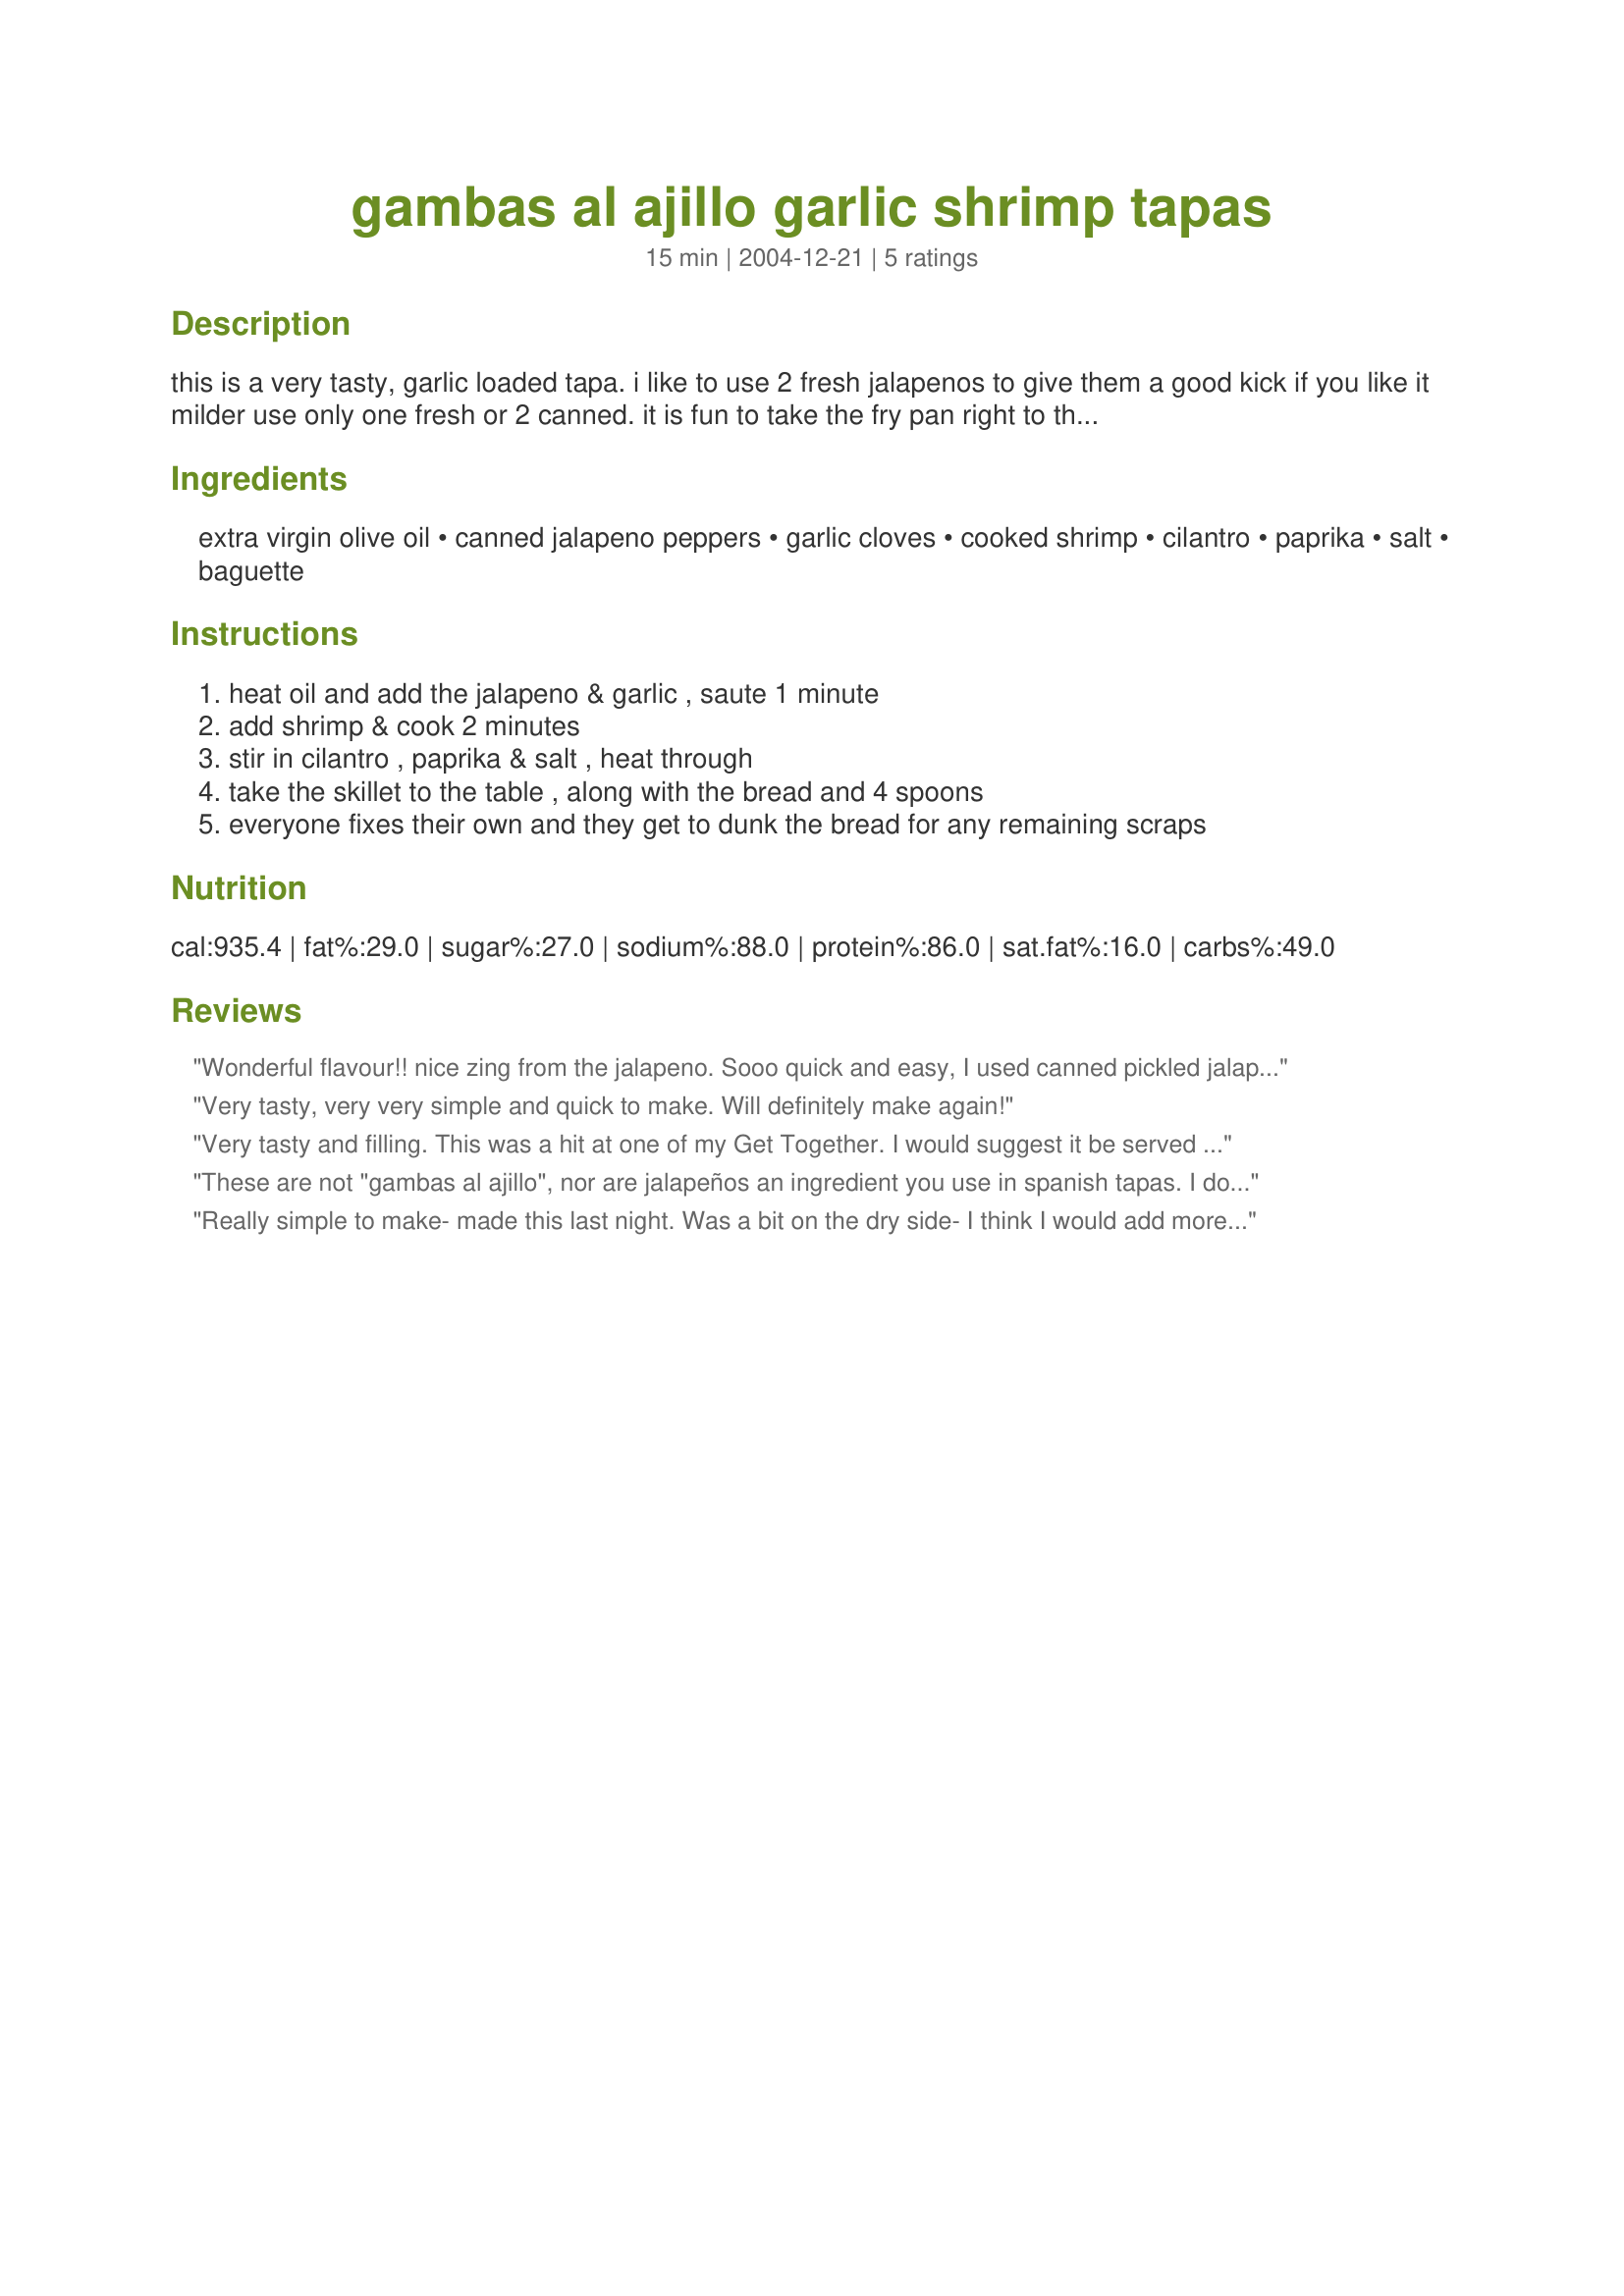
gambas al ajillo garlic shrimp tapas
Preparation time: 15 minutes

this is a very tasty, garlic loaded tapa. i like to use 2 fresh jalapenos to give them a good kick if you like it milder use only one fresh or 2 canned. it is fun to take the fry pan right to the table and let everyone fixe their own. do not skimp on the olive oil and use only a top grade oil

Ingredients:
extra virgin olive oil, canned jalapeno peppers, garlic cloves, cooked shrimp, cilantro, paprika, salt, baguette

Steps:
heat oil and add the jalapeno & garlic , saute 1 minute, add shrimp & cook 2 minutes, stir in cilantro , paprika & salt , heat through, take the skillet to the table , along with the bread and 4 spoons, everyone fixes their own and they get to dunk the bread for any remaining scraps

Reviews:
Wonderful flavour!! nice zing from the jalapeno. Sooo quick and easy, I used canned pickled jalapeno and served it in the pan with baguette slices on the side. I did cut back on the olive oil, used about half the amount called for, it worked fine but probably would have been juicier with more oil. Will definately make this again, thanks for sharing a keeper Bergy!!
Very tasty, very very simple and quick to make. Will definitely make again!
Very tasty and filling. This was a hit at one of my Get Together. I would suggest it be served at Football Game parties, the guys/girls will love it. Gracias, Sra.
These are not "gambas al ajillo", nor are jalapeños an ingredient you use in spanish tapas. I dont doubt it tastes good but the name is confusing.
Really simple to make- made this last night. Was a bit on the dry side- I think I would add more liquid. But oh so tasty! Thanks.
